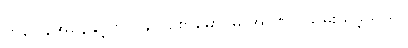
တန်ပြန်အနေနှင့် ဗိုလ်ချုပ်စောမောင်မှ အာဏာ သိမ်းယူခဲ့သည်။